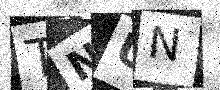
Text: TNUN